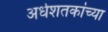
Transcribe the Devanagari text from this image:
अर्धशतकांच्या